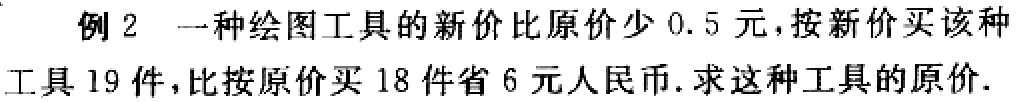
例2 一种绘图工具的新价比原价少0.5元，按新价买该种工具19件，比按原价买18件省6元人民币. 求这种工具的原价.